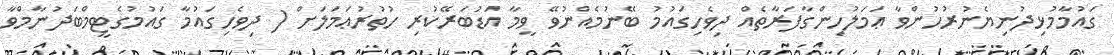
ގައުމާމުޅިދުނިޔެނުރުހުންވާ ޢަމަލުހިންގާފަރާތެއް ދިވެހިގައުމު ބޭނުމެއްނުވޭ ވީމާ އަޑުބަރޭކުރި ހުތުރުޢަމަލަށް ( ދިވެހިގައުމާ ގައުމުގެޓީމްބަދުނާމްވާ